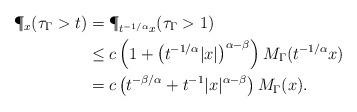
LaTeX: \begin{align*}\P_x(\tau_{\Gamma}>t) &= \P_{t^{-1/\alpha}x}(\tau_{\Gamma}>1) \\ &\leq c \left(1+\left(t^{-1/\alpha}|x|\right)^{\alpha-\beta}\right) M_{\Gamma}(t^{-1/\alpha}x)\\&= c\left(t^{-\beta/\alpha}+t^{-1}|x|^{\alpha-\beta}\right)M_{\Gamma}(x).\end{align*}